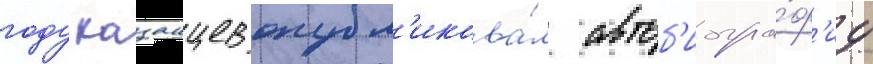
году казанцев опубл'икова́л автоб'иогра́ф'иу